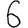
Digit: 6